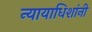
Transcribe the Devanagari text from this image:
न्यायाधिशांनी